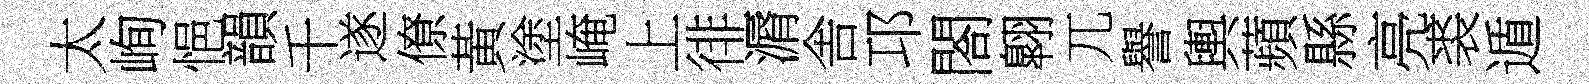
太峋悒韻千遂僚黃塗崦上徘漘舎邛閤翺兀譽輿蘋縣亮裘遁